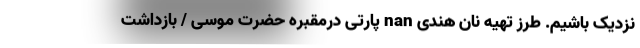
نزدیک باشیم. طرز تهیه نان هندی nan پارتی درمقبره حضرت موسی / بازداشت